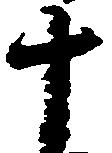
十